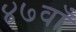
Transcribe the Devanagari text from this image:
४७वाँ